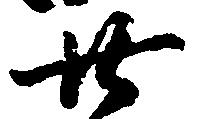
廿